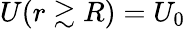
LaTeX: U(r\gtrsim R)=U_{0}